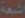
اشعة